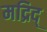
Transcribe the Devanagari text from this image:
मद्रिद्